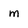
Character: m